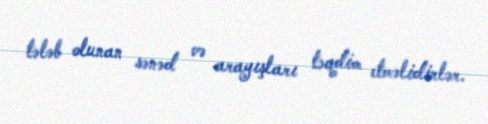
tələb olunan sənəd və arayışları təqdim etməlidirlər.